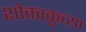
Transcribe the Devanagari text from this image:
शोकाकुच्या